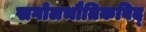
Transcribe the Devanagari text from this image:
खगोलभौतिकविद्